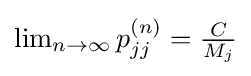
\lim \nolimits _{n\rightarrow \infty }p_{jj}^{(n)}={\tfrac {C}{M_{j}}}